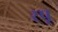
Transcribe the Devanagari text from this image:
रपू